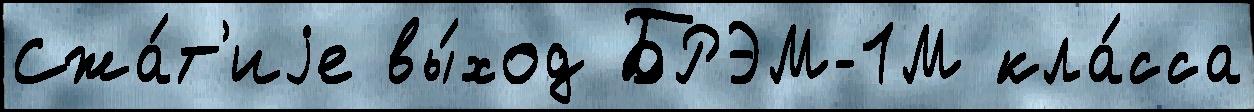
Сжа́т'иjе вы́ход БРЭМ-1М кла́сса